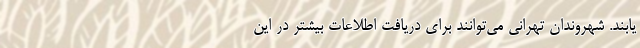
یابند. شهروندان تهرانی می‌توانند برای دریافت اطلاعات بیشتر در این